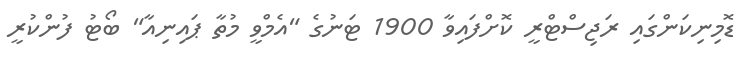
ޑޮމިނިކަންގައި ރަޖިސްޓްރީ ކޮށްފައިވާ 1900 ޓަނުގެ "އެމްވީ މުތާ ޕައިނިއާ" ބޯޓު ފުންކުރީ